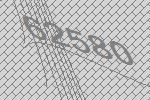
62580